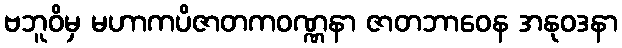
ဗဘူဝိမှ မဟာကပိဇာတကဝဏ္ဏနာ ဇာတဘာဝေန အနုဝဒနာ